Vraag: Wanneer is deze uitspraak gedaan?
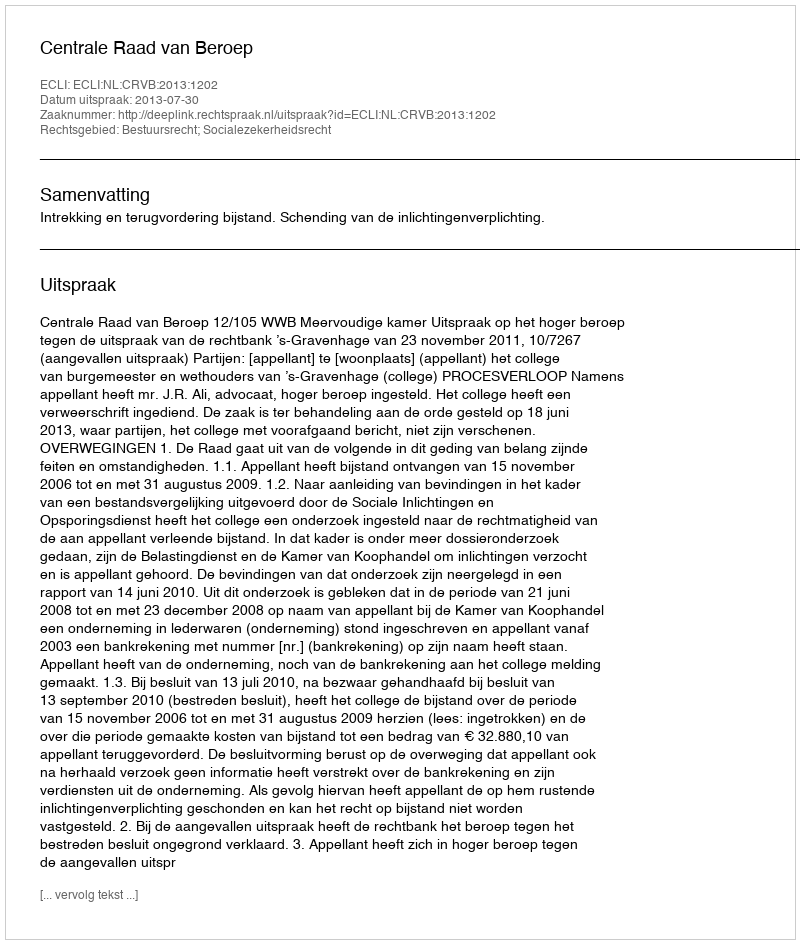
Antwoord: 2013-07-30